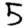
Digit: 5